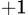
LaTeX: _{+1}